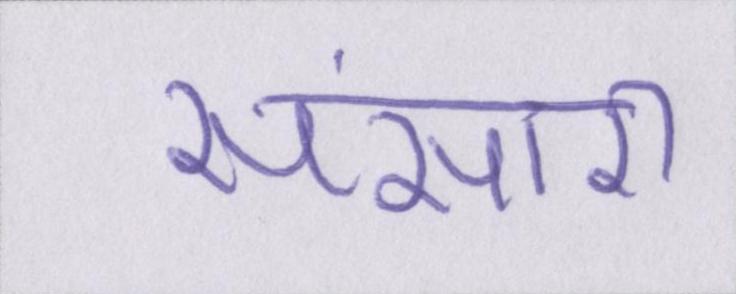
संसारी